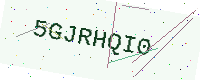
Text: 5GJRHQI0